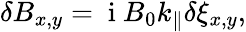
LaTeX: \begin{array}{r}{\delta B_{x,y}=\mathrm{~i~}B_{0}k_{\parallel}\delta\xi_{x,y},}\end{array}